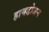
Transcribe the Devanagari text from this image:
हायडोजन